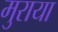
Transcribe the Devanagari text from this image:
मुराया